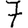
Digit: 7